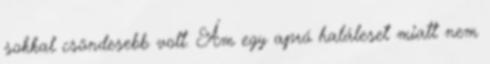
sokkal csöndesebb volt. Ám egy apró haláleset miatt nem